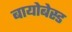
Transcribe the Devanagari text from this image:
बायोबेस्ड